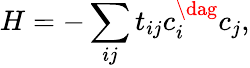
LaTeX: H=-\sum_{ij}t_{ij}c_{i}^{\dag}c_{j},